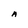
Character: A